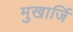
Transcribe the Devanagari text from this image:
मुखार्जि